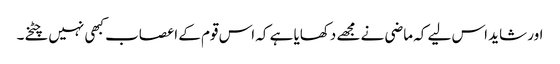
اور شاید اس لیے کہ ماضی نے مجھے دکھایا ہے کہ اس قوم کے اعصاب کبھی نہیں چٹخے۔